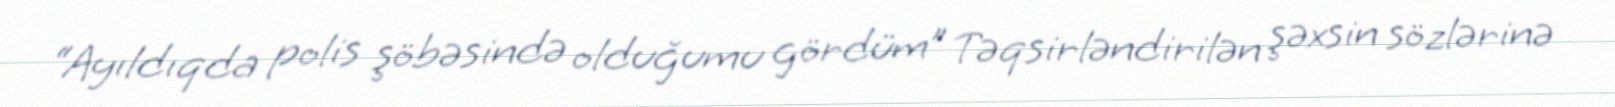
“Ayıldıqda polis şöbəsində olduğumu gördüm” Təqsirləndirilən şəxsin sözlərinə